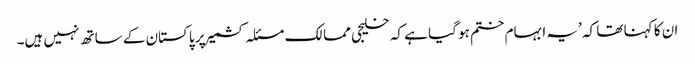
ان کا کہنا تھا کہ ’یہ ابہام ختم ہو گیا ہے کہ خلیجی ممالک مسئلہ کشمیر پر پاکستان کے ساتھ نہیں ہیں۔